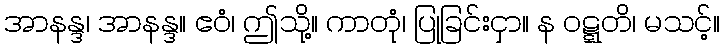
အာနန္ဒ၊ အာနန္ဒ။ ဧဝံ၊ ဤသို့။ ကာတုံ၊ ပြုခြင်းငှာ။ န ဝဋ္ဋတိ၊ မသင့်။